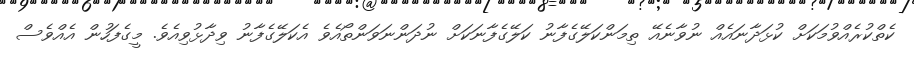
ކެތްކުރެއްވުމަކަށް ކުޅަދާނައެއް ނުވާނެއޭ ތިމަންކަލޭގެފާނު ކަލޭގެފާނަކަށް ނުދަންނަވަންތޯއެވެ އެކަލޭގެފާނު ވިދާޅުވިއެވެ. މީގެފަހުން އެއްވެސް